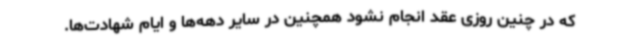
که در چنین روزی عقد انجام نشود همچنین در سایر دهه‌ها و ایام شهادت‌ها.